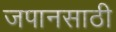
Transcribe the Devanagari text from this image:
जपानसाठी